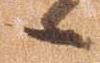
々